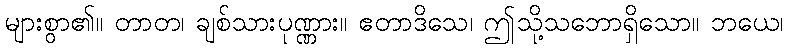
များစွာ၏။ တာတ၊ ချစ်သားပုဏ္ဏား။ ဧတာဒိသေ၊ ဤသို့သဘောရှိသော။ ဘယေ၊